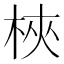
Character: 梜